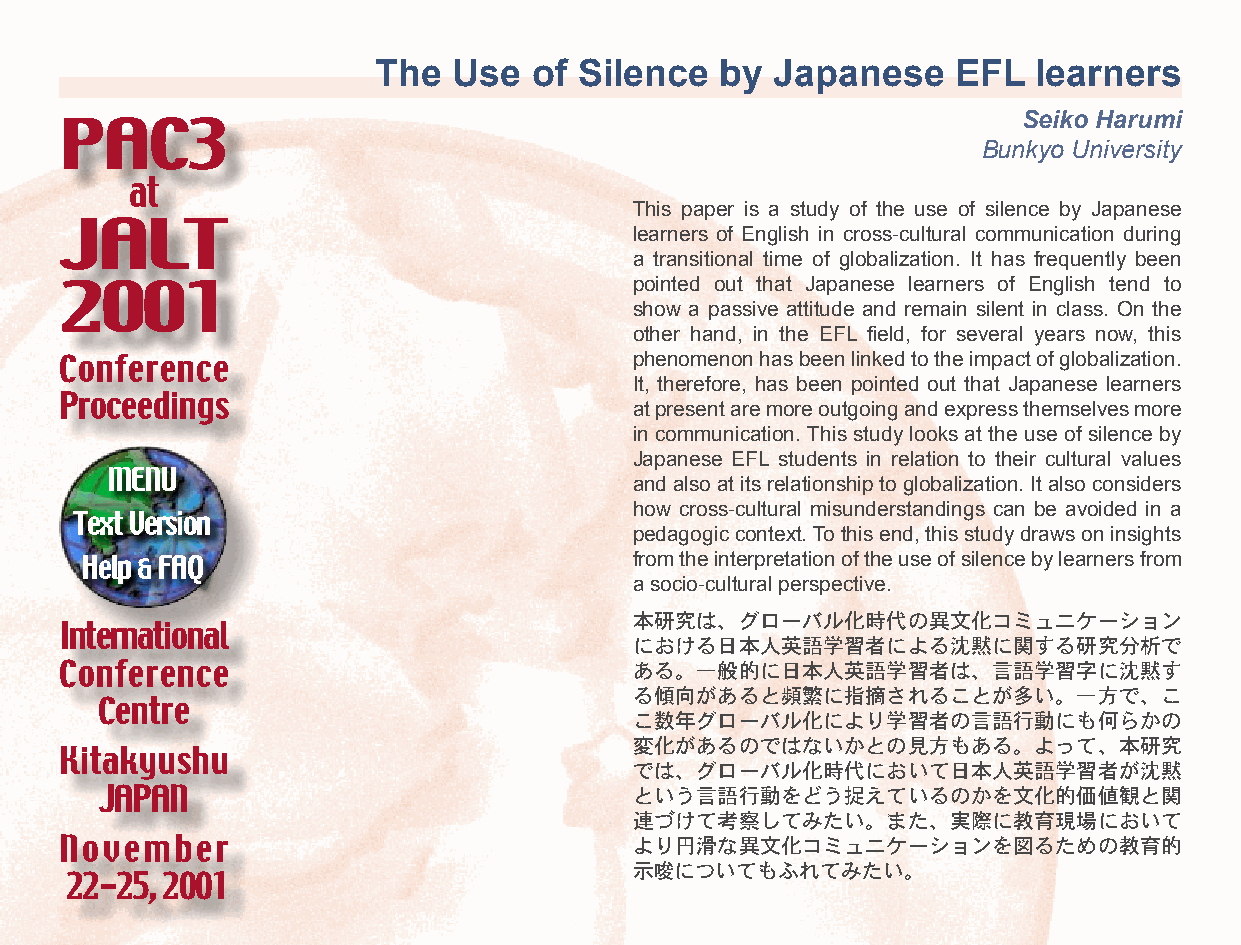
The  Use  of Silence   by Japanese    EFL   learners
 Seiko Harumi
 PAC3
 Bunkyo University
 at
 This paper is a study of the use of silence by Japanese
 JALT                                  learners of English in cross-cultural communication during
 a transitional time of globalization. It has frequently been
 pointed out that Japanese learners of English tend to
 2001
 show a passive attitude and remain silent in class. On the
 other hand, in the EFL field, for several years now, this
 phenomenon has been linked to the impact of globalization.
 Conference
 It, therefore, has been pointed out that Japanese learners
 Proceedings                           at present are more outgoing and express themselves more
 in communication. This study looks at the use of silence by
 Japanese EFL students in relation to their cultural values
 MENU                               and also at its relationship to globalization. It also considers
 how cross-cultural misunderstandings can be avoided in a
 Text Version
 pedagogic context. To this end, this study draws on insights
 from the interpretation of the use of silence by learners from
 Help & FAQ
 a socio-cultural perspective.
 本研究は、グローバル化時代の異文化コミュニケーション
 International
 における日本人英語学習者による沈黙に関する研究分析で
 Conference                            ある。一般的に日本人英語学習者は、言語学習字に沈黙す
 る傾向があると頻繁に指摘されることが多い。一方で、こ
 Centre
 こ数年グローバル化により学習者の言語行動にも何らかの
 変化があるのではないかとの見方もある。よって、本研究
 Kitakyushu
 では、グローバル化時代において日本人英語学習者が沈黙
 JAPAN                              という言語行動をどう捉えているのかを文化的価値観と関
 連づけて考察してみたい。また、実際に教育現場において
 November                              より円滑な異文化コミュニケーションを図るための教育的
 示唆についてもふれてみたい。
 22-25, 2001